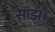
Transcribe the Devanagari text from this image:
साँझ।